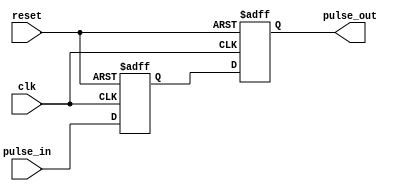
module timing_control_and_sync (
    input wire clk,
    input wire reset,
    input wire pulse_in,
    output reg pulse_out
);

reg sync_pulse;

always @(posedge clk or posedge reset) begin
    if (reset) begin
        sync_pulse <= 1'b0;
        pulse_out <= 1'b0;
    end else begin
        sync_pulse <= pulse_in;
        pulse_out <= sync_pulse;
    end
end

endmodule